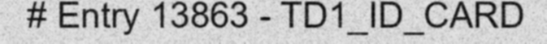
# Entry 13863 - TD1_ID_CARD